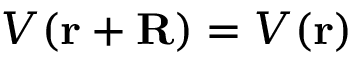
V ( \mathbf { r + R } ) = V ( \mathbf { r } )